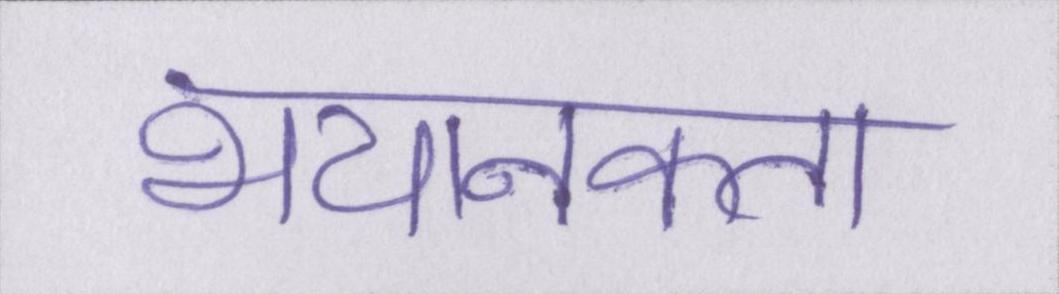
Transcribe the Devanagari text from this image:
भयानकता